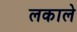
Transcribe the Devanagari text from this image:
लकाले